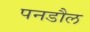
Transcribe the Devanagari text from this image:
पनडौल